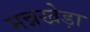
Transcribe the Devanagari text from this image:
मन्नखेड़ा